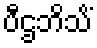
ပီဌဘိသိံ